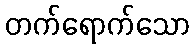
တက်ရောက်သော